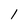
Character: 1